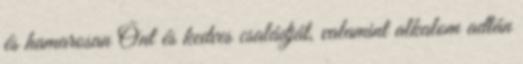
és hamarosan Önt és kedves családját, valamint alkalom adtán